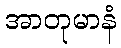
အာတုမာနံ